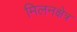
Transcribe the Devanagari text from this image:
मिलनक्षेत्र